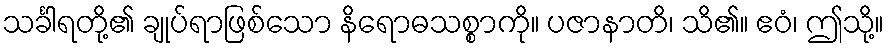
သင်္ခါရတို့၏ ချုပ်ရာဖြစ်သော နိရောဓသစ္စာကို။ ပဇာနာတိ၊ သိ၏။ ဧဝံ၊ ဤသို့။